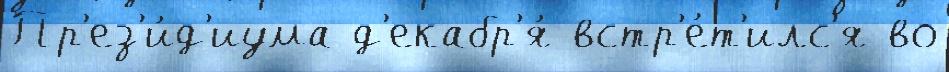
Пр'ез'и́д'иума д'екабр'я́ встр'е́т'илс'я во